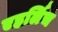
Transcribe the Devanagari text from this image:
एहर्लिच